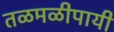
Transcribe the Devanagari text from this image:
तळमळीपायी